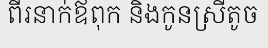
ពីរនាក់ឪពុក និងកូនស្រីតូច